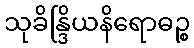
သုခိန္ဒြိယနိရောဓဉ္စ